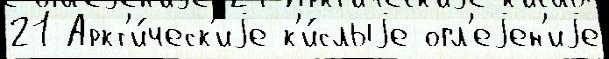
21 Аркт'и́ческ'иjе к'и́слыjе огл'еjен'иjе